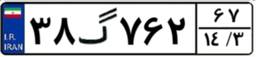
۳۸گ۷۶۲۶۷